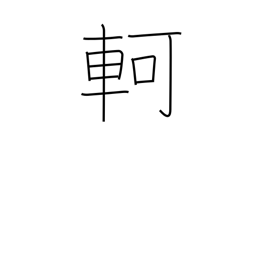
Meaning: difficult progress